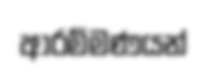
ආරම්මණයන්